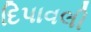
દિપાવલી